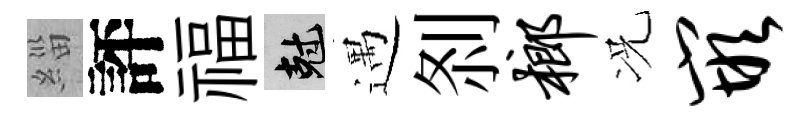
緇評福剋遇𠛴榔况嵌